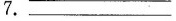
7.——————